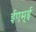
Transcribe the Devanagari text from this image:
ईएम्‌ई